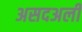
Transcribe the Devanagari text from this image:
असदअली